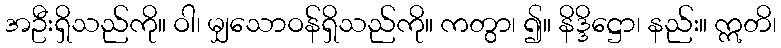
အဦးရှိသည်ကို။ ဝါ၊ မျှသောဝန်ရှိသည်ကို။ ကတွာ၊ ၍။ နိဒ္ဒိဋ္ဌော၊ နည်း။ ဣတိ၊